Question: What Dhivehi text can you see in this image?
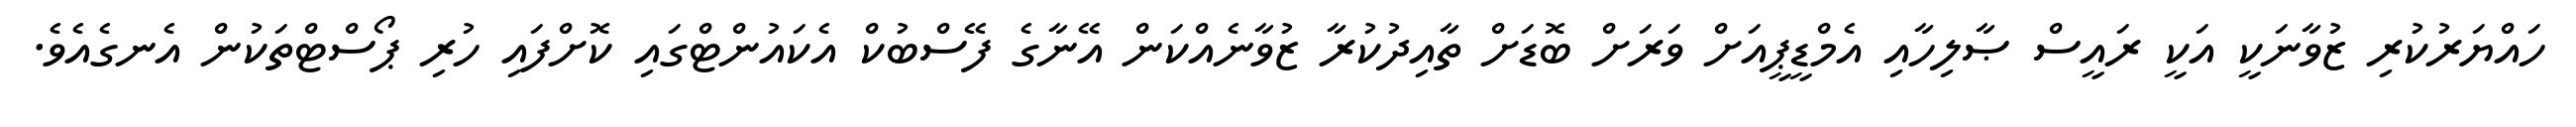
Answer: ހައްޔަރުކުރި ޒުވާނަކީ އަކީ ރައީސް ޞާލިހާއި އެމްޑީޕީއަށް ވަރަށް ބޮޑަށް ތާއިދުކުރާ ޒުވާނެއްކަން އޭނާގެ ފޭސްބުކް އެކައުންޓްގައި ކޮށްފައި ހުރި ޕޯސްޓްތަކުން އެނގެއެވެ.